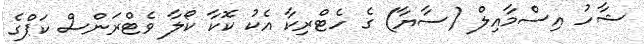
ޝާހު އިސްމާއިލް (ސާޔާ) ގެ ހެޓްރިކާ އެކު ކޮކާ ކޯލާ ވެޓްރަންސް ކަޕްގެ